Indian journal of veterinary science and animal husbandry - Volumes 15-17, 1948-1951
Year: 1948
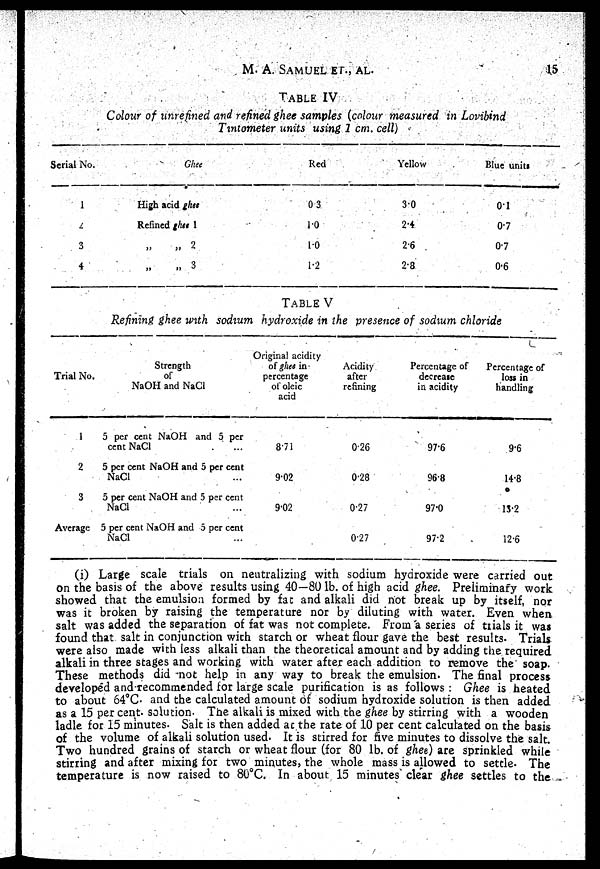
M. A.
SAMUEL
ET.,
AL.
15
TABLE IV
Colour of unrefined and refined ghee samples (colour measured in Lovibind
Tintometer units using 1 cm. cell)
Serial No.
1
2
3
4
Ghee
High acid ghes
Refined ghCes 1
„ „ 2
„ „ 3
Red
0 3
1.0
1.0
1.2
Yellow
3.0
2.4
2.6
2.8
Blue units
0.1
0.7
0.7
0.6
TABLE V
Refining ghee with sodium hydroxide in the presence of sodium chloride
Trial No.
1
2
3
Average
Strength
of
NaOH and NaCl
5 per cent NaOH and 5 per
cent NaCl ...
5 per cent NaOH and 5 per cent
NaCl ...
5 per cent NaOH and 5 per cent
NaCl ...
5 per cent NaOH and 5 per cent
NaCl ...
Original acidity
of ghee in
percentage
of oleic
acid
8.71
9.02
9.02
Acidity
after
refining
0.26
0.28
0.27
0.27
Percentage of
decrease
in acidity
97.6
96.8
97.0
97.2
Percentage of
loss in
handling
9.6
14.8
13.2
12.6
(i) Large scale trials on neutralizing with sodium hydroxide were carried out
on the basis of the above results using 40—80 lb. of high acid ghee. Preliminary work
showed that the emulsion formed by fat and alkali did not break up by itself, nor
was it broken by raising the temperature nor by diluting with water. Even when
salt was added the separation of fat was not complete. From a series of trials it was
found that salt in conjunction with starch or wheat flour gave the best results. Trials
were also made with less alkali than the theoretical amount and by adding the required
alkali in three stages and working with water after each addition to remove the soap.
These methods did not help in any way to break the emulsion. The final process
developed and recommended for large scale purification is as follows: Ghee is heated
to about 64°C. and the calculated amount of sodium hydroxide solution is then added
as a 15 per cent. solution. The alkali is mixed with the ghee by stirring with a wooden
ladle for 15 minutes. Salt is then added ac the rate of 10 per cent calculated on the basis
of the volume of alkali solution used. It is stirred for five minutes to dissolve the salt.
Two hundred grains of starch or wheat flour (for 80 lb. of ghee) are sprinkled while
stirring and after mixing for two minutes, the whole mass is allowed to settle. The
temperature is now raised to 80°C. In about 15 minutes clear ghee settles to the